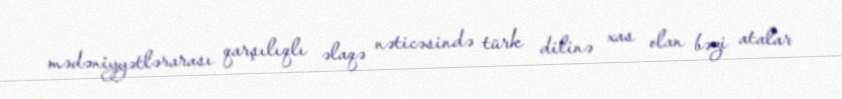
mədəniyyətlərarası qarşılıqlı əlaqə nəticəsində türk dilinə xas olan bəzi atalar